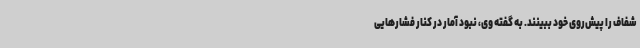
شفاف را پیش‌روی خود ببینند. به گفته وی، نبود آمار در کنار فشارهایی